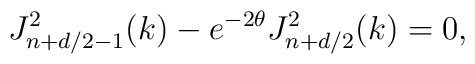
J_{n+d/2-1}^{2}(k)-e^{-2\theta}J_{n+d/2}^{2}(k)=0,